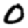
Digit: 0